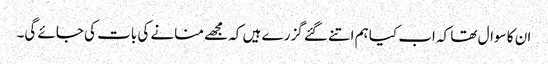
ان کا سوال تھا کہ اب کیا ہم اتنے گئے گزرے ہیں کہ مجھے منانے کی بات کی جائے گی۔